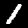
Label: 1